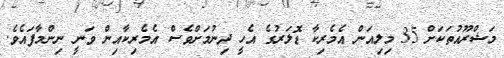
މަޝްރޫއުތަކަށް 35 މިލިއަން އެމެރިކާ ޑޮލަރުގެ އެހީ ދިނުމަށްވެސް އެމެރިކާއިން ވަނީ ނިންމާފައެވެ.